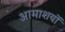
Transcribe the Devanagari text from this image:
आमाशयों